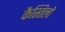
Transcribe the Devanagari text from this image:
कैस्तिलो